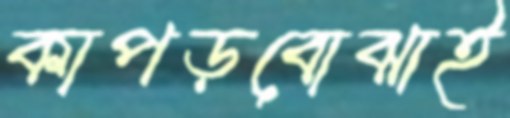
কাপড়বোঝাই